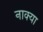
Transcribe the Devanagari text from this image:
नाक्या